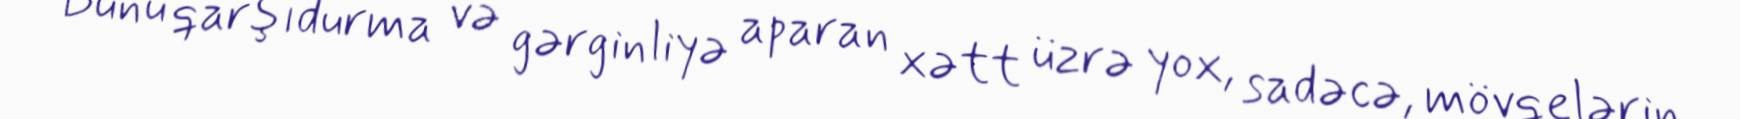
Bunu qarşıdurma və gərginliyə aparan xətt üzrə yox, sadəcə, mövqelərin